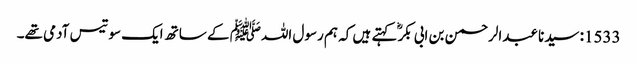
1533: سیدنا عبدالرحمن بن ابی بکرؓ کہتے ہیں کہ ہم رسول اللہﷺ کے ساتھ ایک سو تیس آدمی تھے۔